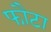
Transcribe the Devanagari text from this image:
फौटा